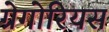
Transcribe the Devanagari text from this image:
ग्रेगोरियस